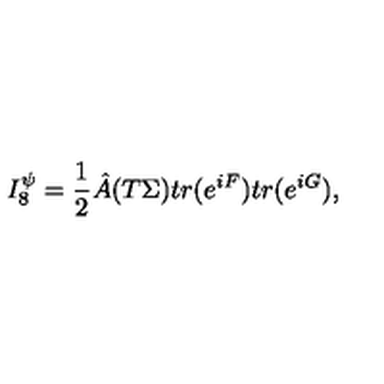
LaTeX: I _ { 8 } ^ { \psi } = { \frac { 1 } { 2 } } { \hat { A } } ( T \Sigma ) t r ( e ^ { i F } ) t r ( e ^ { i G } ) ,